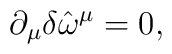
\partial_{\mu } \delta \hat{\omega}^{\mu} = 0,